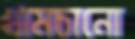
খামচানো